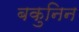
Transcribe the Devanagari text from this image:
बकुनिन